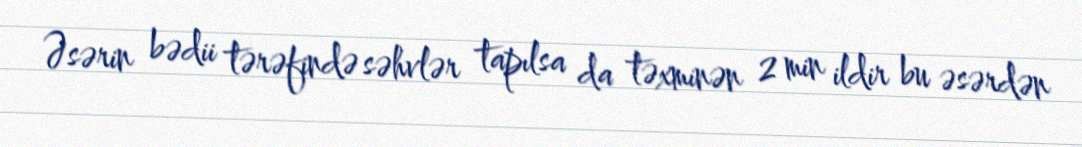
Əsərin bədii tərəfində səhvlər tapılsa da təxminən 2 min ildir bu əsərdən